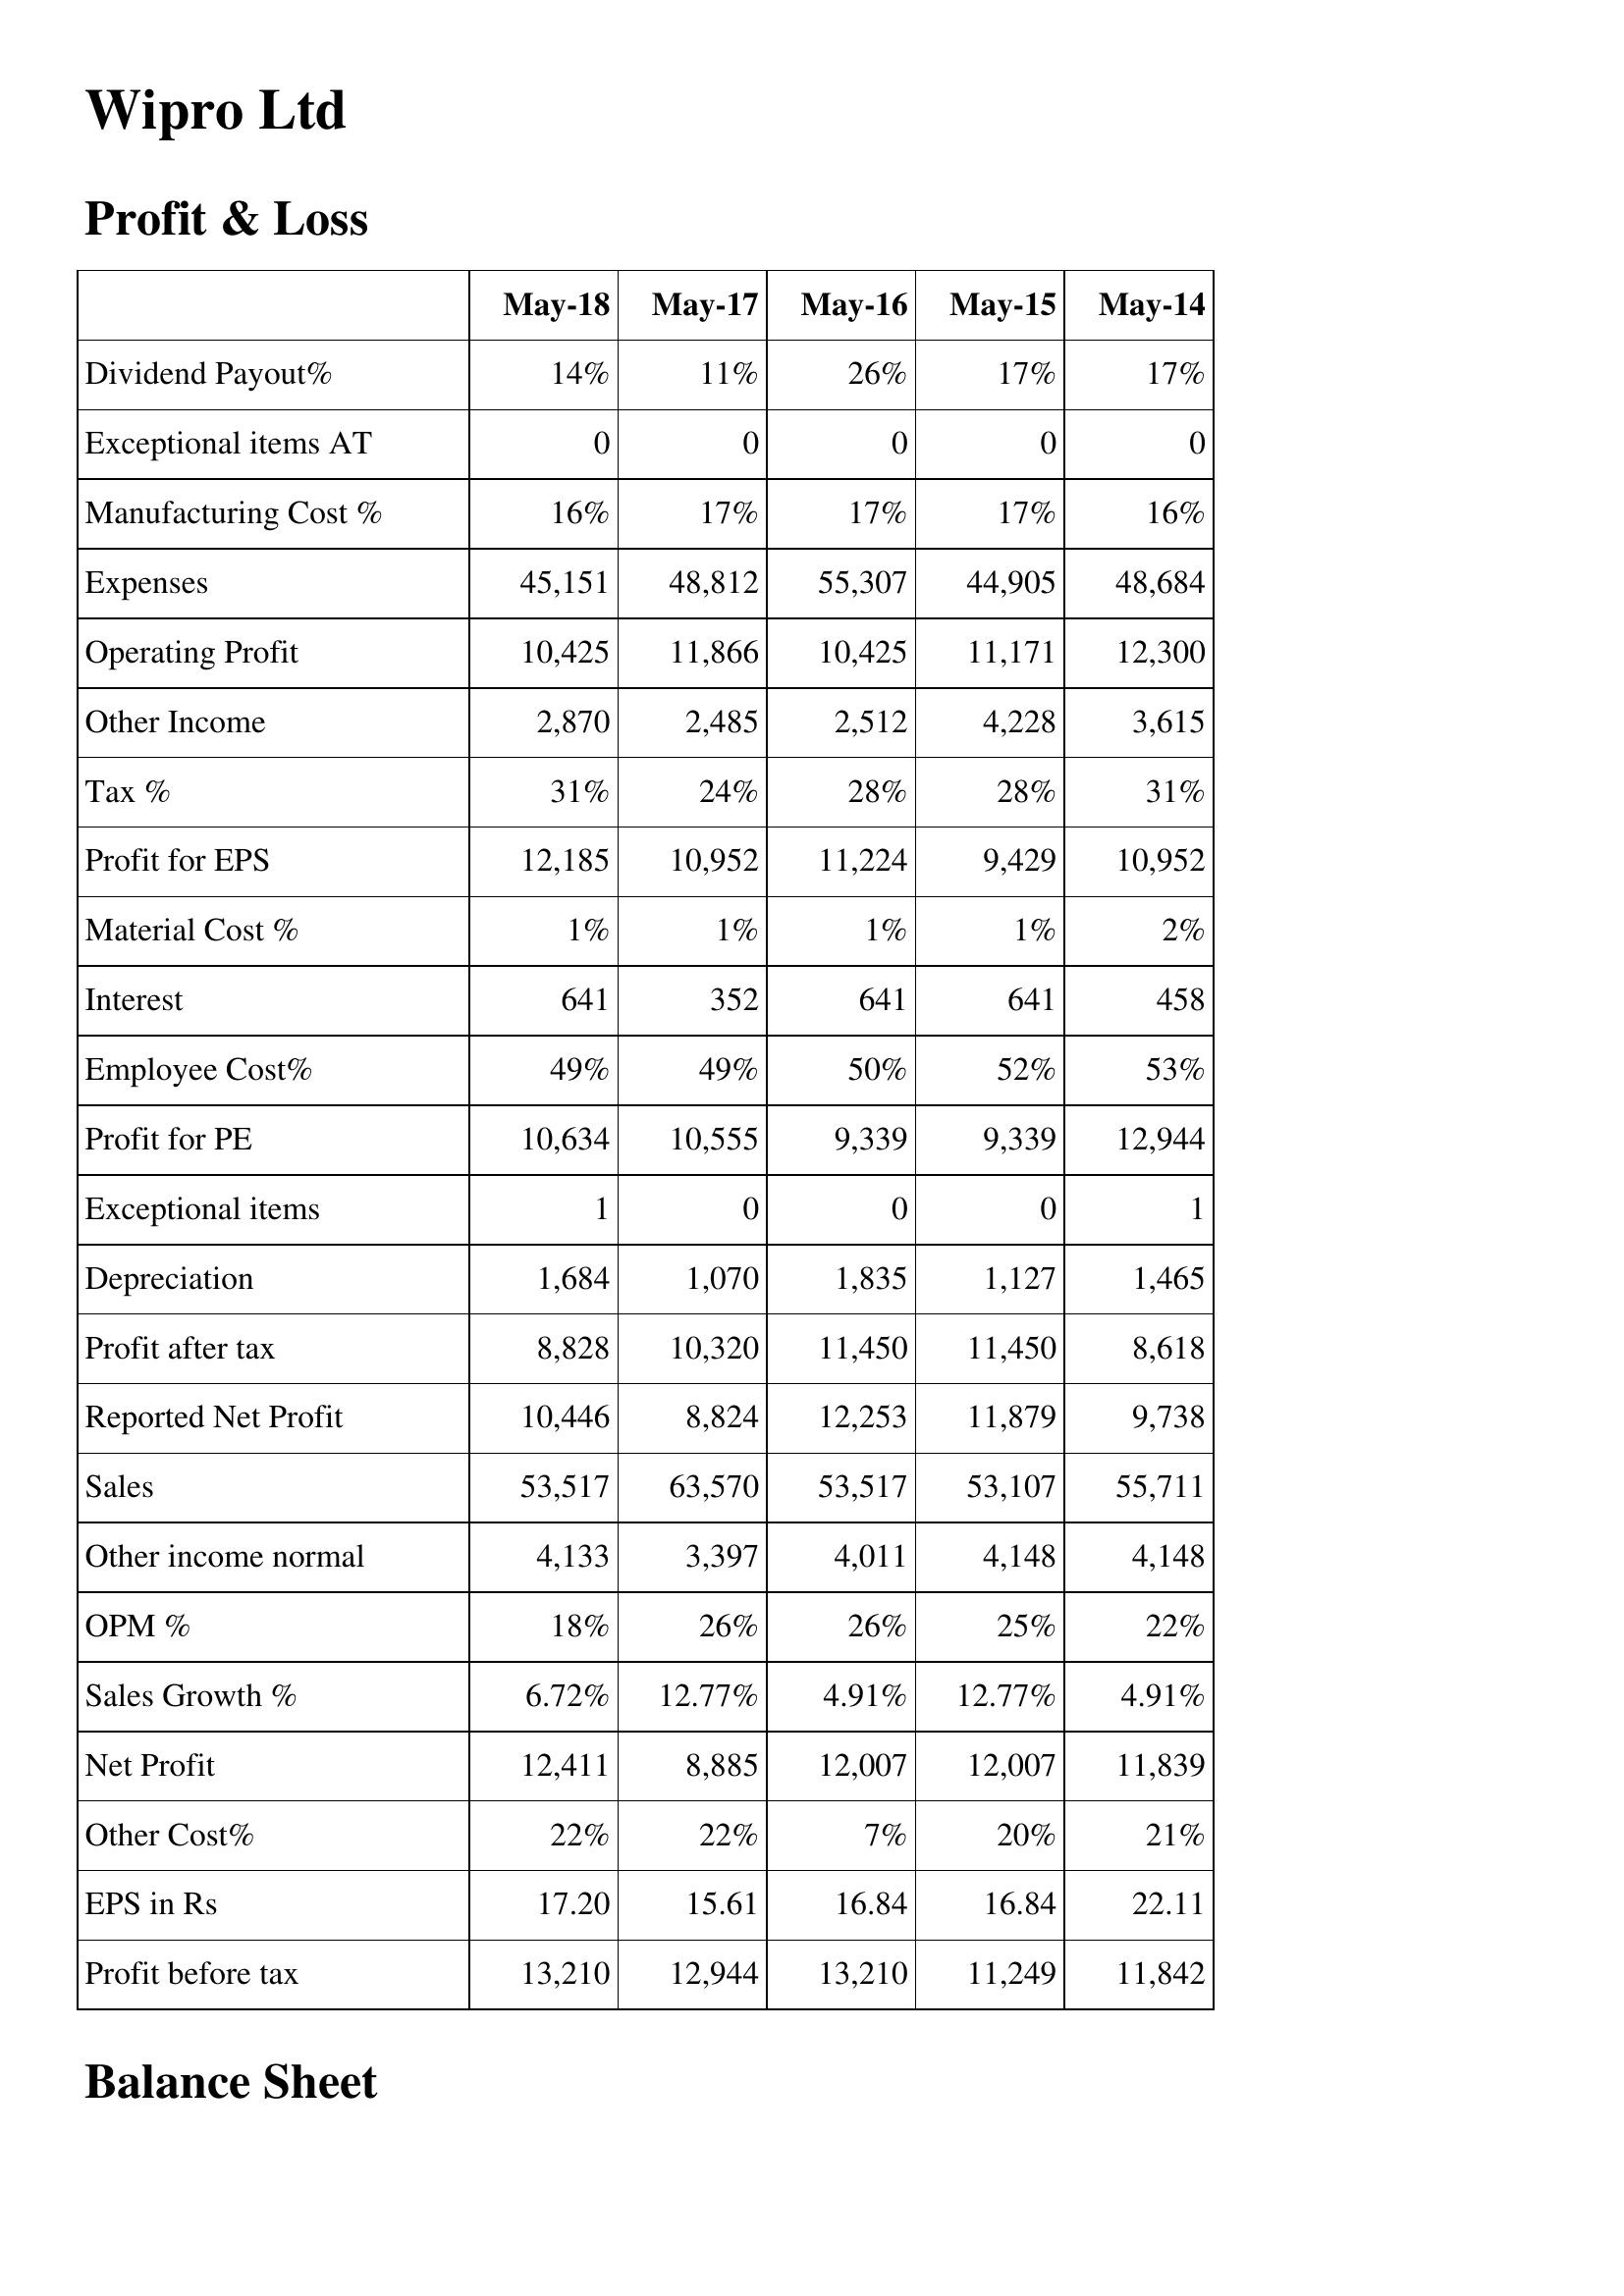
May-18: Profit & Loss: Dividend Payout%: 14%
Exceptional items AT: 0
Manufacturing Cost %: 16%
Expenses: 45,151
Operating Profit: 10,425
Other Income: 2,870
Tax %: 31%
Profit for EPS: 12,185
Material Cost %: 1%
Interest: 641
Employee Cost%: 49%
Profit for PE: 10,634
Exceptional items: 1
Depreciation: 1,684
Profit after tax: 8,828
Reported Net Profit: 10,446
Sales: 53,517
Other income normal: 4,133
OPM %: 18%
Sales Growth %: 6.72%
Net Profit: 12,411
Other Cost%: 22%
EPS in Rs: 17.20
Profit before tax: 13,210
May-17: Profit & Loss: Dividend Payout%: 11%
Exceptional items AT: 0
Manufacturing Cost %: 17%
Expenses: 48,812
Operating Profit: 11,866
Other Income: 2,485
Tax %: 24%
Profit for EPS: 10,952
Material Cost %: 1%
Interest: 352
Employee Cost%: 49%
Profit for PE: 10,555
Exceptional items: 0
Depreciation: 1,070
Profit after tax: 10,320
Reported Net Profit: 8,824
Sales: 63,570
Other income normal: 3,397
OPM %: 26%
Sales Growth %: 12.77%
Net Profit: 8,885
Other Cost%: 22%
EPS in Rs: 15.61
Profit before tax: 12,944
May-16: Profit & Loss: Dividend Payout%: 26%
Exceptional items AT: 0
Manufacturing Cost %: 17%
Expenses: 55,307
Operating Profit: 10,425
Other Income: 2,512
Tax %: 28%
Profit for EPS: 11,224
Material Cost %: 1%
Interest: 641
Employee Cost%: 50%
Profit for PE: 9,339
Exceptional items: 0
Depreciation: 1,835
Profit after tax: 11,450
Reported Net Profit: 12,253
Sales: 53,517
Other income normal: 4,011
OPM %: 26%
Sales Growth %: 4.91%
Net Profit: 12,007
Other Cost%: 7%
EPS in Rs: 16.84
Profit before tax: 13,210
May-15: Profit & Loss: Dividend Payout%: 17%
Exceptional items AT: 0
Manufacturing Cost %: 17%
Expenses: 44,905
Operating Profit: 11,171
Other Income: 4,228
Tax %: 28%
Profit for EPS: 9,429
Material Cost %: 1%
Interest: 641
Employee Cost%: 52%
Profit for PE: 9,339
Exceptional items: 0
Depreciation: 1,127
Profit after tax: 11,450
Reported Net Profit: 11,879
Sales: 53,107
Other income normal: 4,148
OPM %: 25%
Sales Growth %: 12.77%
Net Profit: 12,007
Other Cost%: 20%
EPS in Rs: 16.84
Profit before tax: 11,249
May-14: Profit & Loss: Dividend Payout%: 17%
Exceptional items AT: 0
Manufacturing Cost %: 16%
Expenses: 48,684
Operating Profit: 12,300
Other Income: 3,615
Tax %: 31%
Profit for EPS: 10,952
Material Cost %: 2%
Interest: 458
Employee Cost%: 53%
Profit for PE: 12,944
Exceptional items: 1
Depreciation: 1,465
Profit after tax: 8,618
Reported Net Profit: 9,738
Sales: 55,711
Other income normal: 4,148
OPM %: 22%
Sales Growth %: 4.91%
Net Profit: 11,839
Other Cost%: 21%
EPS in Rs: 22.11
Profit before tax: 11,842